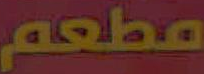
مطعم